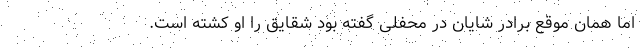
اما همان موقع برادر شایان در محفلی گفته بود شقایق را او کشته است.